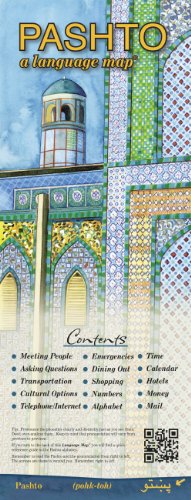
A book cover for PASHTO a language mapÂ®; Kristine K. Kershul:; Travel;